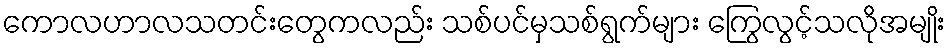
ကောလဟာလသတင်းတွေကလည်း သစ်ပင်မှသစ်ရွက်များ ကြွေလွင့်သလိုအမျိုး